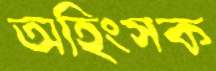
অহিংসক